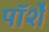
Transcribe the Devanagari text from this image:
पॉर्शे